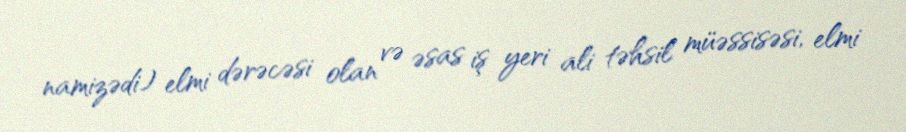
namizədi) elmi dərəcəsi olan və əsas iş yeri ali təhsil müəssisəsi, elmi